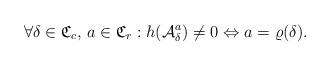
LaTeX: \begin{align*}\forall \delta\in\mathfrak{C}_{c},\,a\in\mathfrak{C}_{r}:h(\mathcal{A}_{\delta}^{a})\neq0 \Leftrightarrow a=\varrho(\delta). \end{align*}